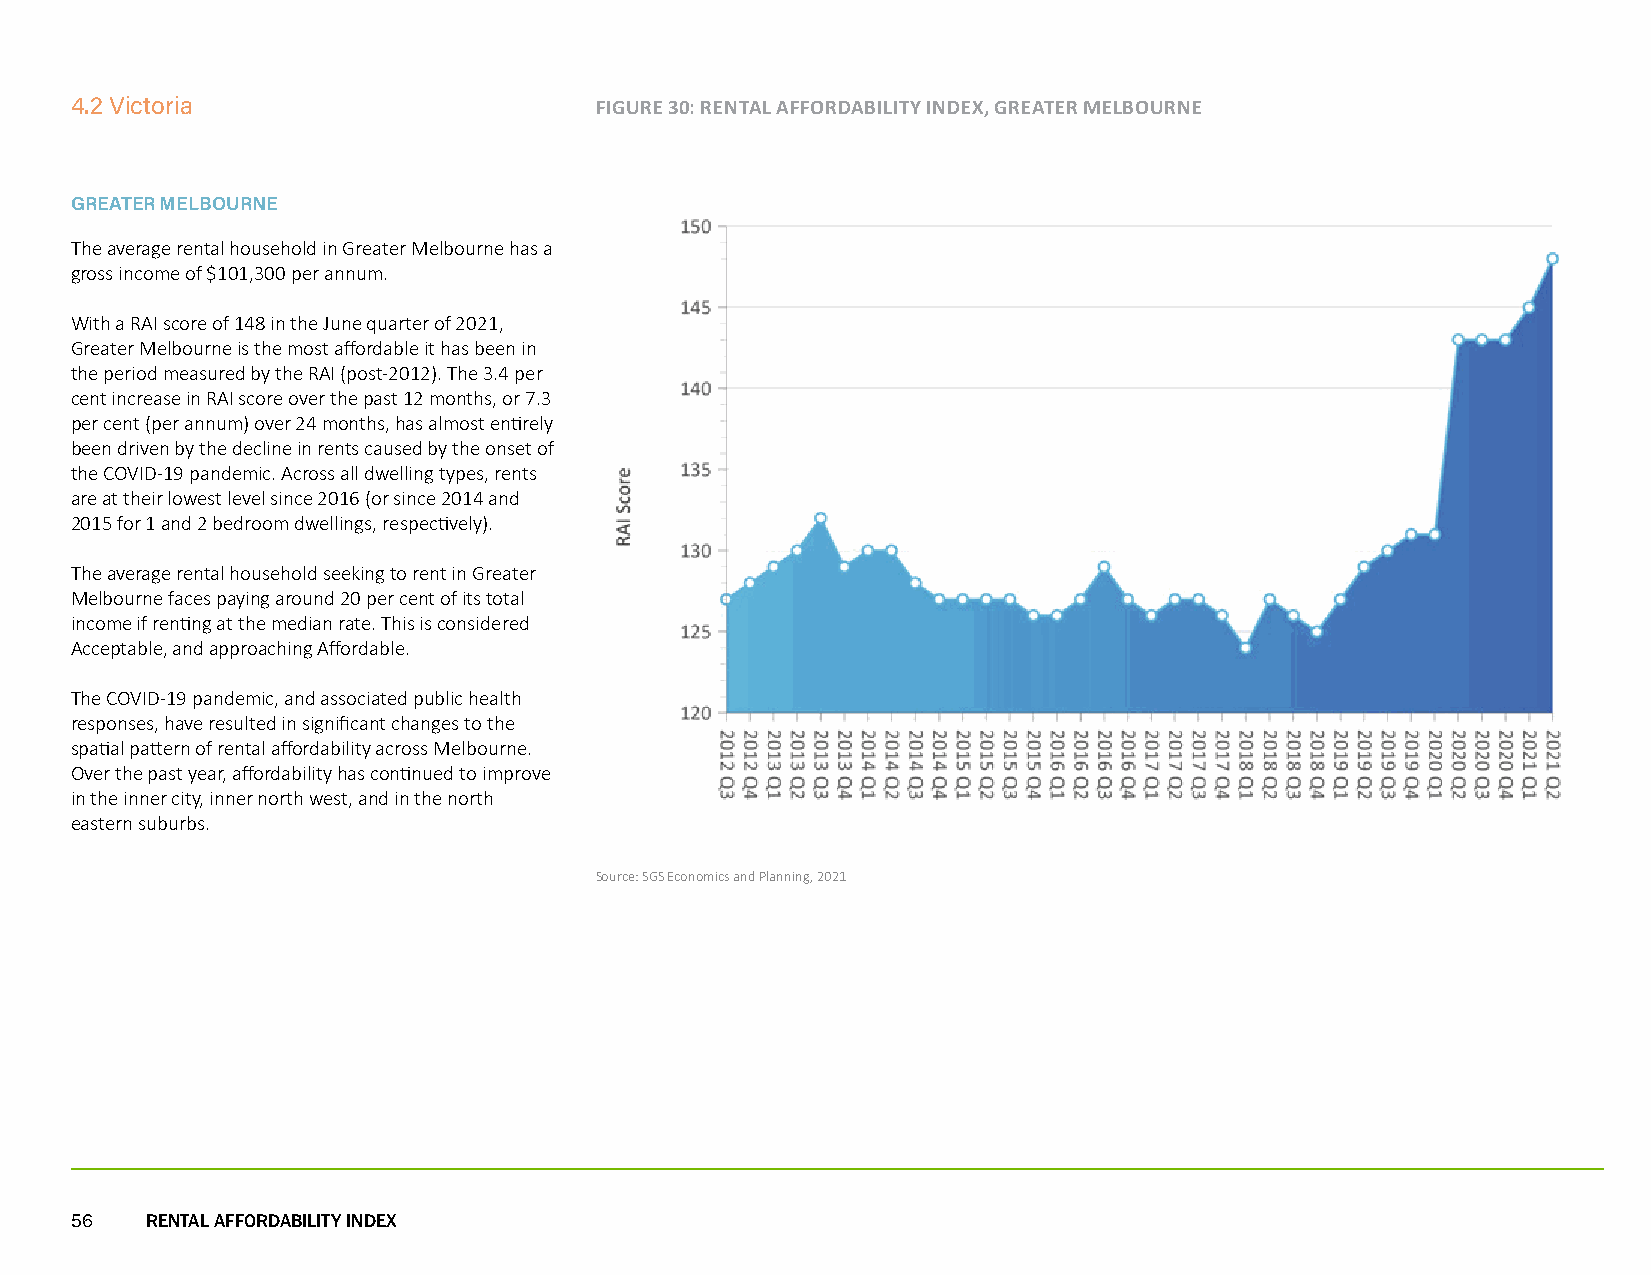
4.2 Victoria                      FIGURE 30: RENTAL AFFORDABILITY INDEX, GREATER MELBOURNE
 GREATER MELBOURNE
 The average rental household in Greater Melbourne has a
 gross income of $101,300 per annum.
 With a RAI score of 148 in the June quarter of 2021,
 Greater Melbourne is the most affordable it has been in
 the period measured by the RAI (post-2012). The 3.4 per
 cent increase in RAI score over the past 12 months, or 7.3
 per cent (per annum) over 24 months, has almost entirely
 been driven by the decline in rents caused by the onset of
 the COVID-19 pandemic. Across all dwelling types, rents
 are at their lowest level since 2016 (or since 2014 and
 2015 for 1 and 2 bedroom dwellings, respectively).
 The average rental household seeking to rent in Greater
 Melbourne faces paying around 20 per cent of its total
 income if renting at the median rate. This is considered
 Acceptable, and approaching Affordable.
 The COVID-19 pandemic, and associated public health
 responses, have resulted in significant changes to the
 spatial pattern of rental affordability across Melbourne.
 Over the past year, affordability has continued to improve
 in the inner city, inner north west, and in the north
 eastern suburbs.
 Source: SGS Economics and Planning, 2021
 56   RENTAL AFFORDABILITY INDEX